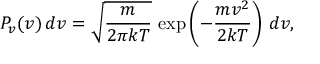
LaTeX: P _ { v } ( v ) \, d v = { \sqrt { \frac { m } { 2 \pi k T } } } \, \exp \left( - { \frac { m v ^ { 2 } } { 2 k T } } \right) \, d v ,